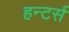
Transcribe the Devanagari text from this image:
हन्टर्स